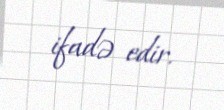
ifadə edir.